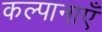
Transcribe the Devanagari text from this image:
कल्पानाएँ